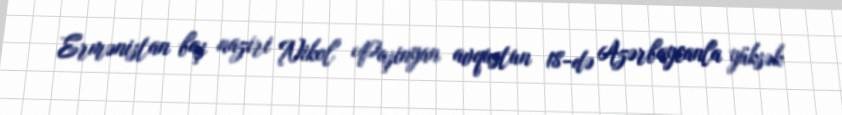
Ermənistan baş naziri Nikol Paşinyan avqustun 18-də Azərbaycanla yüksək